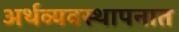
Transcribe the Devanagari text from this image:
अर्थव्यवस्थापनात